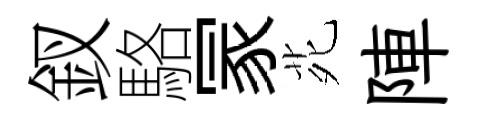
釵駱冡𫟍陣